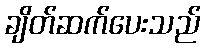
ချိတ်ဆက်ပေးသည်